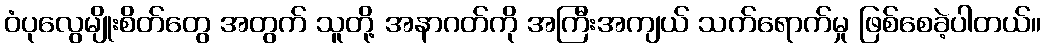
ဝံပုလွေမျိုးစိတ်တွေ အတွက် သူတို့ အနာဂတ်ကို အကြီးအကျယ် သက်ရောက်မှု ဖြစ်စေခဲ့ပါတယ်။